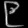
Digit: ၉